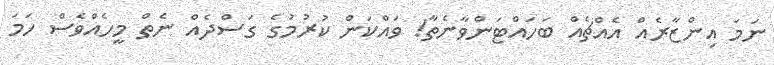
ނަމަ އިންޒާރެއް އެއްޗެއް ބަހައްޓަންވާނެތާ! ވައްކަން ކުރުމުގެ ގަސްދެއް ނެތް މީހެއްވެސް ހަމަ